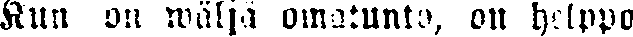
Kun on wäljä omatunto, on helppo